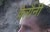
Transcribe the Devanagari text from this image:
केरौनी